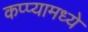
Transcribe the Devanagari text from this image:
कप्प्यामध्ये